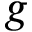
g